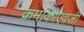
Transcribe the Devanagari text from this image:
क्रमांकाएवजी